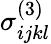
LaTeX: \sigma_{ijkl}^{(3)}